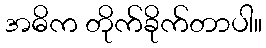
အဓိက တိုက်ခိုက်တာပါ။